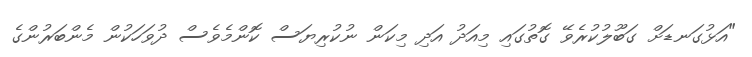
"އަޅުގަނޑަށް ގަބޫލުކުރެވޭ ގޮތުގައި މިއަދު އަދި މިކަން ނުކުރިޔަސް ކޮންމެވެސް ދުވަހަކުން މެންބަރުންގެ